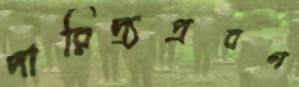
দারিদ্র্যপ্রবণ